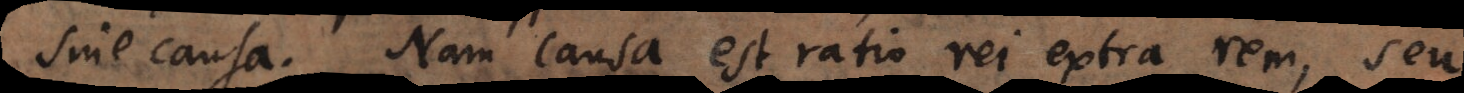
sine causa. Nam causa est ratio rei extra rem, seu